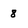
Character: 8